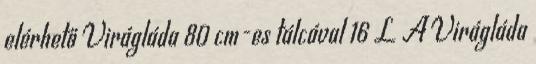
elérhető Virágláda 80 cm-es tálcával 16 L A Virágláda